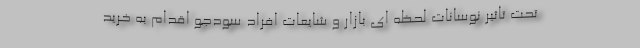
تحت تاثیر نوسانات لحظه ای بازار و شایعات افراد سودجو اقدام به خرید